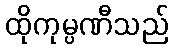
ထိုကုမ္ပဏီသည်